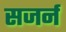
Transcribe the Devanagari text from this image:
सजर्न